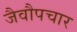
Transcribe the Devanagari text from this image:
जैवौपचार